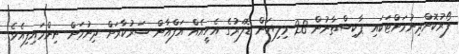
ފޯރުކޮށްދިނުމަށްޓަކައި ޕާކިސްތާނުން 28 މިލިޔަން ޑޮލަރުގެ އެހީއެއް އަފްޣާން ސަރުކާރަށް ދިނުމަށް ނިންމައިފިއެވެ.